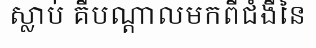
ស្លាប់ គឺបណ្តាលមកពីជំងឺនៃ